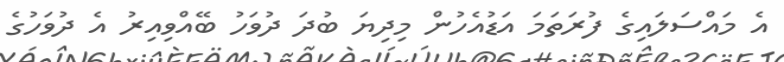
އެ މައްސަލައިގެ ފުރަތަމަ އަޑުއެހުން މިދިޔަ ބުދަ ދުވަހު ބޭއްވިއިރު އެ ދުވަހުގެ